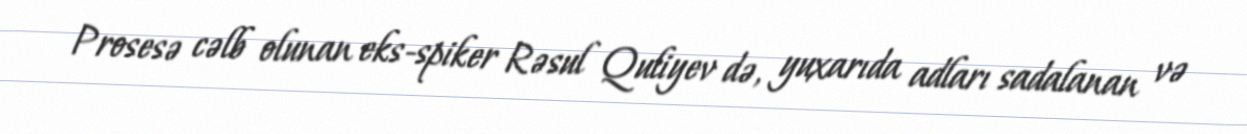
Prosesə cəlb olunan eks-spiker Rəsul Quliyev də, yuxarıda adları sadalanan və